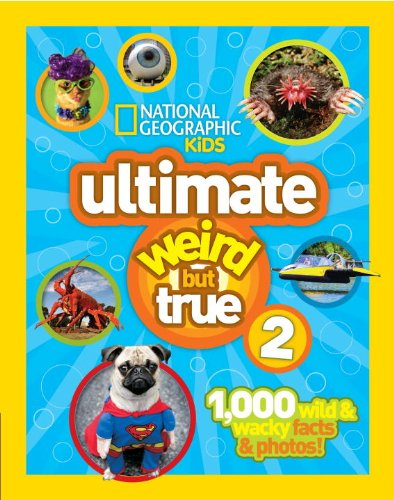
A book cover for National Geographic Kids Ultimate Weird But True 2: 1,000 Wild & Wacky Facts & Photos!; National Geographic; Children's Books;